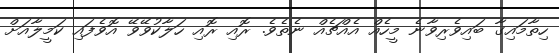
ހިތާމައިގާ ބައިވެރިވާނެ މީހެއް އެއްޗެއް ނެތެވެ. ރޮއި ރޮއި ހަލާކުވޭވޭ އޮވެފައި ކަމީލާއަށް